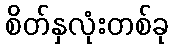
စိတ်နှလုံးတစ်ခု